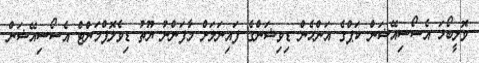
ވޮލީބޯޅަ އެސޯސިއޭޝަން ކަޕްގެ އަންހެން ޑިވިޝަންގެ ފައިނަލަށް މާފަންނު ޔޫތު ޑިވެލޮޕްމަންޓް އެސޯސިއޭޝަން